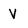
Character: V